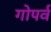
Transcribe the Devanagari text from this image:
गोपर्व